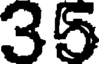
35